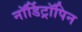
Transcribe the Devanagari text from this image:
नॉर्डिट्रॉपिन